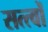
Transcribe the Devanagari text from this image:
सत्त्वों